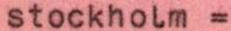
stockholm =